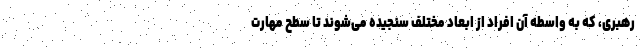
رهبری، که به واسطه آن افراد از ابعاد مختلف سنجیده می‌شوند تا سطح مهارت